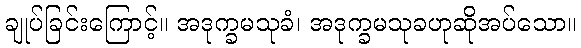
ချုပ်ခြင်းကြောင့်။ အဒုက္ခမသုခံ၊ အဒုက္ခမသုခဟုဆိုအပ်သော။